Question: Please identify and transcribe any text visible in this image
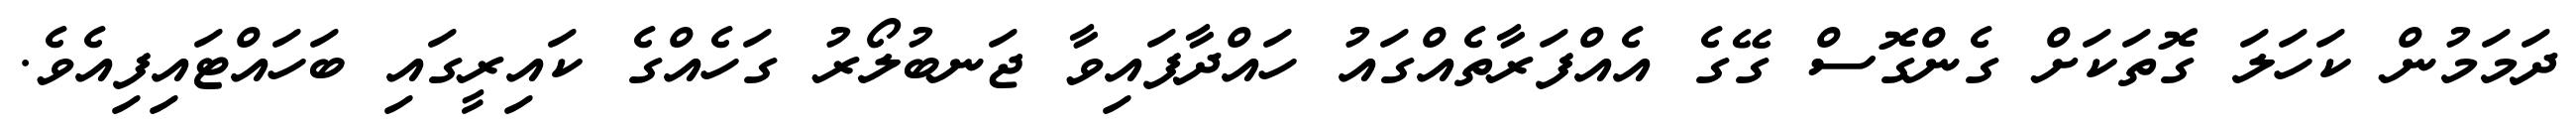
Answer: ދަމަމުން ކަހަލަ ގޮތަކަށް ގެންގޮސް ގޭގެ އެއްފަރާތެއްގައު ހައްދާފައިވާ ޖަނބުލޯރު ގަހެއްގެ ކައިރީގައި ބަހައްޓައިފިއެވެ.